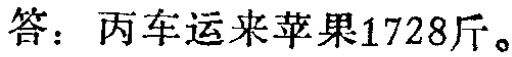
答：丙车运来苹果1728斤。